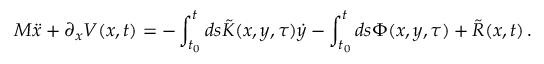
M \ddot { x } + \partial _ { x } V ( x , t ) = - \int _ { t _ { 0 } } ^ { t } d s \tilde { K } ( x , y , \tau ) \dot { y } - \int _ { t _ { 0 } } ^ { t } d s \Phi ( x , y , \tau ) + \tilde { R } ( x , t ) \, .